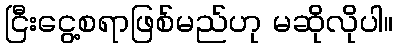
ငြီးငွေ့စရာဖြစ်မည်ဟု မဆိုလိုပါ။